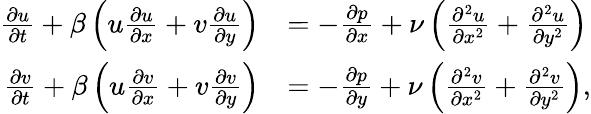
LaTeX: \begin{array}{rl}{\frac{\partial u}{\partial t}+\beta\left(u\frac{\partial u}{\partial x}+v\frac{\partial u}{\partial y}\right)}&{=-\frac{\partial p}{\partial x}+\nu\left(\frac{\partial^{2}u}{\partial x^{2}}+\frac{\partial^{2}u}{\partial y^{2}}\right)}\\ {\frac{\partial v}{\partial t}+\beta\left(u\frac{\partial v}{\partial x}+v\frac{\partial v}{\partial y}\right)}&{=-\frac{\partial p}{\partial y}+\nu\left(\frac{\partial^{2}v}{\partial x^{2}}+\frac{\partial^{2}v}{\partial y^{2}}\right),}\end{array}